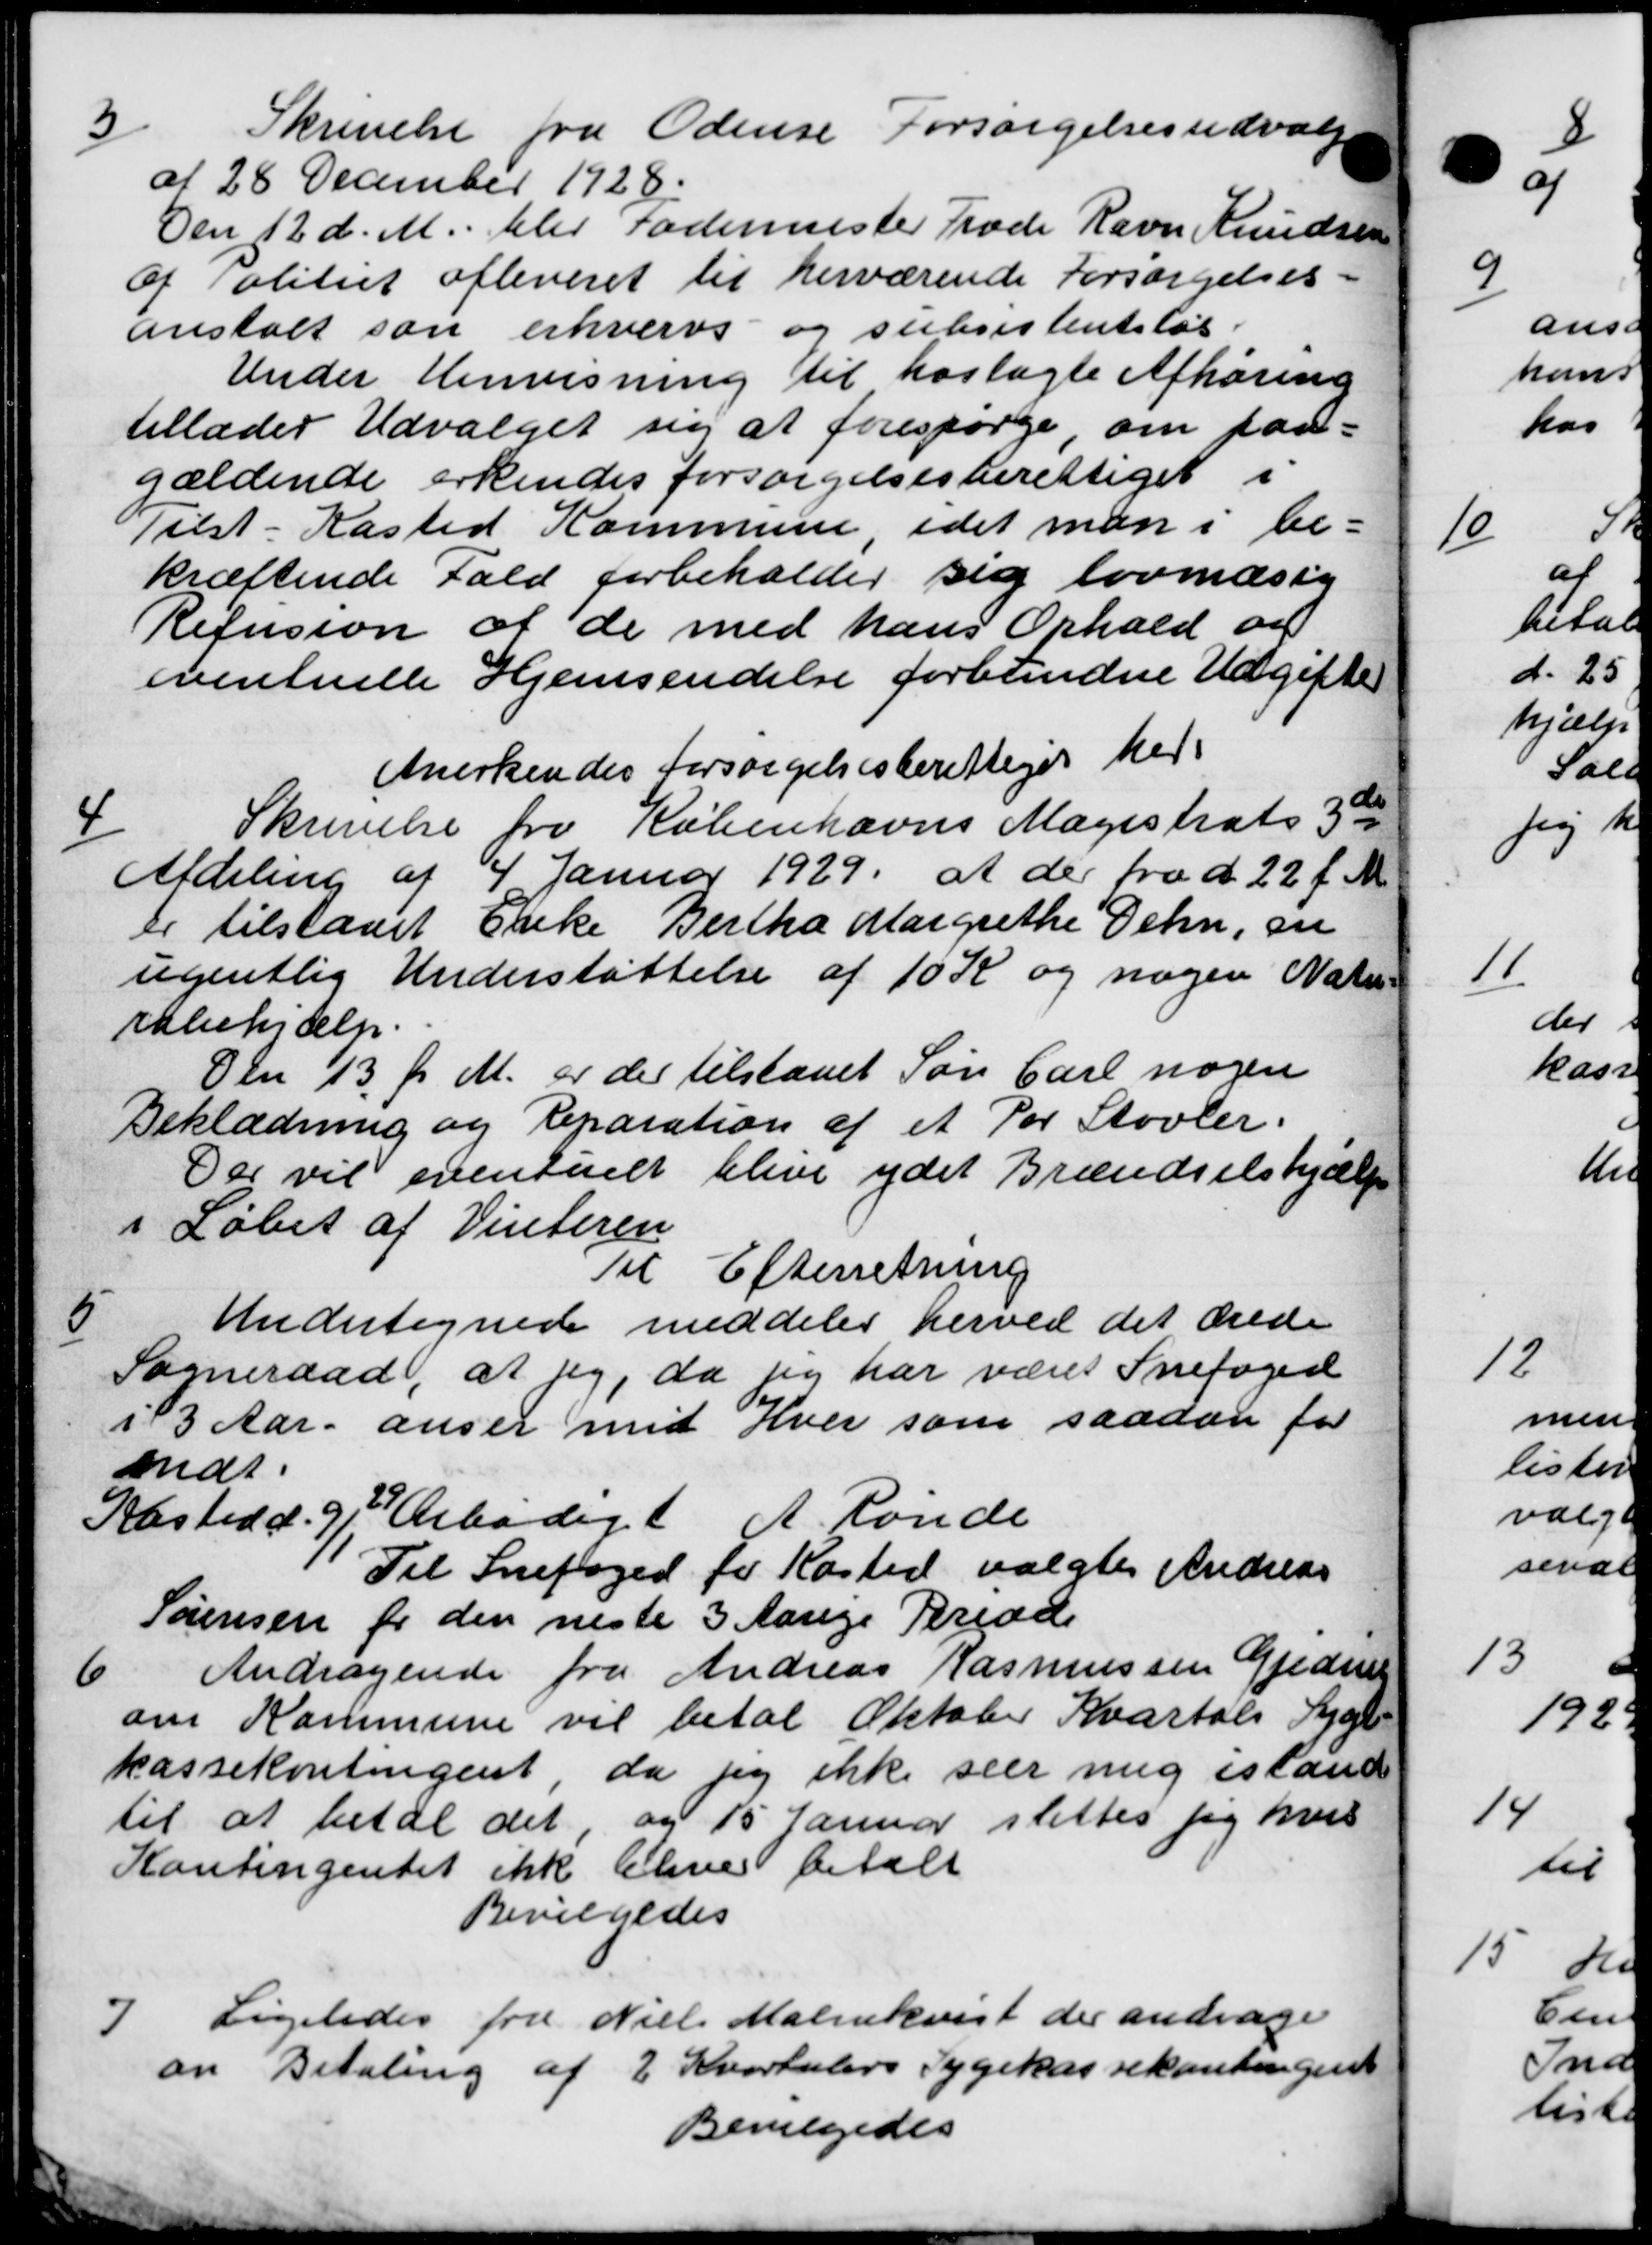
Transskription:
3
Skrivelse fra Odense Forsørgelsesudvalg
af 28 December 1928.
Den 12 d. M. blev Fodermester Træde Ravn Knudsen
af Politiet afleveret til herværende Forsørgelses-
anstalt som erhvervs og subsistentsløs.
Under Henvisning til hoslagte Afhøring
tillader Udvalget sig at forespørge, om paa-
gældende erkendes forsørgelsesberettiget i
Tilst-Kasted Kommune, idet man i be-
kræftende Fald forbeholder sig lovmæsig
Refusion af de med hans Ophold og
eventuelle Hjemsendelse forbundne Udgifter
Anerkendes forsørgelsesberettiget her
4
Skrivelse fra Københavns Magistrats 3de
Afdeling af 4 Januar 1929, at der fra d. 22 f. M.
er tilstaaet Enke Bertha Margrethe Dehn, en
ugentlig Understøttelse af 10 K og nogen Natur
rabehjælp.
Den 13 f. M. er der tilstaaet Søn Carl nogen
Beklædning og Reparation af et Par Støvler.
Der vil eventuelt blive ydet Brændselshjælp
i Løbet af Vinteren
Til Efterretning
5
Undertegnede meddeles herved det ærede
Sogneraad, at jeg, da sig har været Snefoged
i 3 Aar anser med Hver som saadan for
endt.
Kasted d. 9de Arbedet A. Rønde
Til Snefoged for Kasted valgtes Andreas
Sørensen for den neste 3 Aarige Period
6
Andragende fra Andreas Rasmussen Gjedirek
om Kommune vil betal Oktober Kvartals Syge-
kassekontingent, da sig ikke seer mig istand
til at betal det, og 15 Januar slettes jeg hvis
Kontingentet ikke blive betalt
Bevilgedes
7
Ligeledes fra Niels Malmkvist der andrage
an Betaling af 2 Kvartalers Sygekassekontingent
Bevilgedes